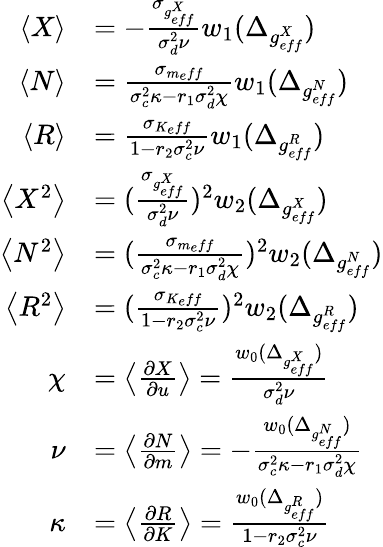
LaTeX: \begin{array}{rl}{\left<X\right>}&{=-\frac{\sigma_{g_{eff}^{X}}}{\sigma_{d}^{2}\nu}w_{1}(\Delta_{g_{eff}^{X}})}\\ {\left<N\right>}&{=\frac{\sigma_{m_{e}ff}}{\sigma_{c}^{2}\kappa-r_{1}\sigma_{d}^{2}\chi}w_{1}(\Delta_{g_{eff}^{N}})}\\ {\left<R\right>}&{=\frac{\sigma_{K_{e}ff}}{1-r_{2}\sigma_{c}^{2}\nu}w_{1}(\Delta_{g_{eff}^{R}})}\\ {\left<X^{2}\right>}&{=(\frac{\sigma_{g_{eff}^{X}}}{\sigma_{d}^{2}\nu})^{2}w_{2}(\Delta_{g_{eff}^{X}})}\\ {\left<N^{2}\right>}&{=(\frac{\sigma_{m_{e}ff}}{\sigma_{c}^{2}\kappa-r_{1}\sigma_{d}^{2}\chi})^{2}w_{2}(\Delta_{g_{eff}^{N}})}\\ {\left<R^{2}\right>}&{=(\frac{\sigma_{K_{e}ff}}{1-r_{2}\sigma_{c}^{2}\nu})^{2}w_{2}(\Delta_{g_{eff}^{R}})}\\ {\chi}&{=\left<\frac{\partial X}{\partial u}\right>=\frac{w_{0}(\Delta_{g_{eff}^{X}})}{\sigma_{d}^{2}\nu}}\\ {\nu}&{=\left<\frac{\partial N}{\partial m}\right>=-\frac{w_{0}(\Delta_{g_{eff}^{N}})}{\sigma_{c}^{2}\kappa-r_{1}\sigma_{d}^{2}\chi}}\\ {\kappa}&{=\left<\frac{\partial R}{\partial K}\right>=\frac{w_{0}(\Delta_{g_{eff}^{R}})}{1-r_{2}\sigma_{c}^{2}\nu}}\end{array}